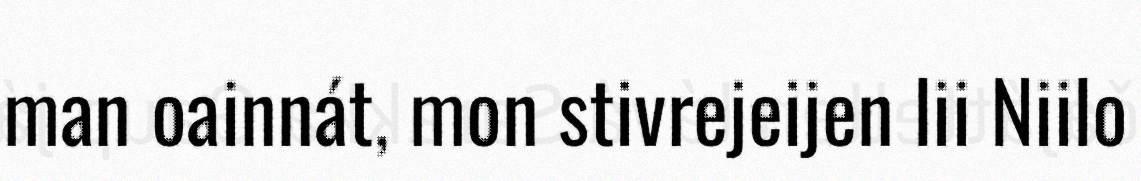
man oainnát, mon stivrejeijen lii Niilo